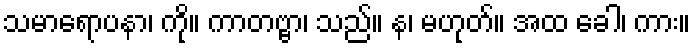
သမာရောပနာ၊ ကို။ ကာတဗ္ဗာ၊ သည်။ န၊ မဟုတ်။ အထ ခေါ၊ ကား။